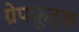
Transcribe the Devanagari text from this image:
ग्रेपफ्रूट्स